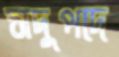
সদুপদে